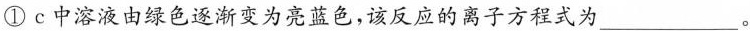
①c中溶液由绿色逐渐变为亮蓝色，该反应的离子方程式为___